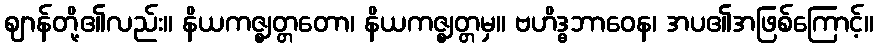
ဈာန်တို့၏လည်း။ နိယကဇ္ဈတ္တတော၊ နိယကဇ္ဈတ္တမှ။ ဗဟိဒ္ဓဘာဝေန၊ အပ၏အဖြစ်ကြောင့်။